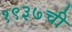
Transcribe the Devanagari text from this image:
१९३७ची